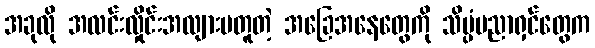
အခုလို အလင်းလှိုင်းအလျားမတူတဲ့ အခြေအနေတွေကို သိပ္ပံပညာရှင်တွေက